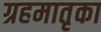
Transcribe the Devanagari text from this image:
ग्रहमातृका